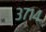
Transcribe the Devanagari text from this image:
३७१४